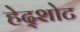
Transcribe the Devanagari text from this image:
हेद्शोट